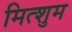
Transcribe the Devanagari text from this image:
मित्शुम